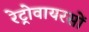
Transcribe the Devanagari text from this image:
रेट्रोवायरसों